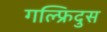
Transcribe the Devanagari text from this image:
गल्फ्रिदुस